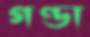
গণ্ডা